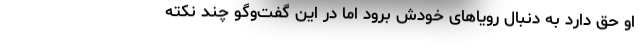
او حق دارد به دنبال رویاهای خودش برود اما در این گفت‌و‌گو چند نکته